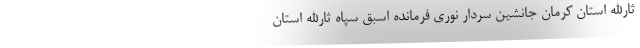
ثارالله استان کرمان جانشین سردار نوری فرمانده اسبق سپاه ثارالله استان